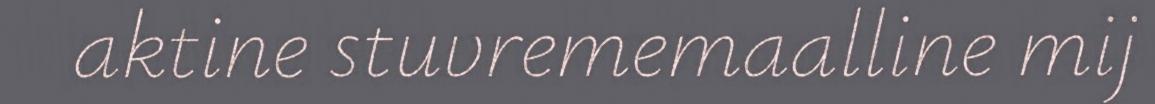
aktine stuvrememaalline mij